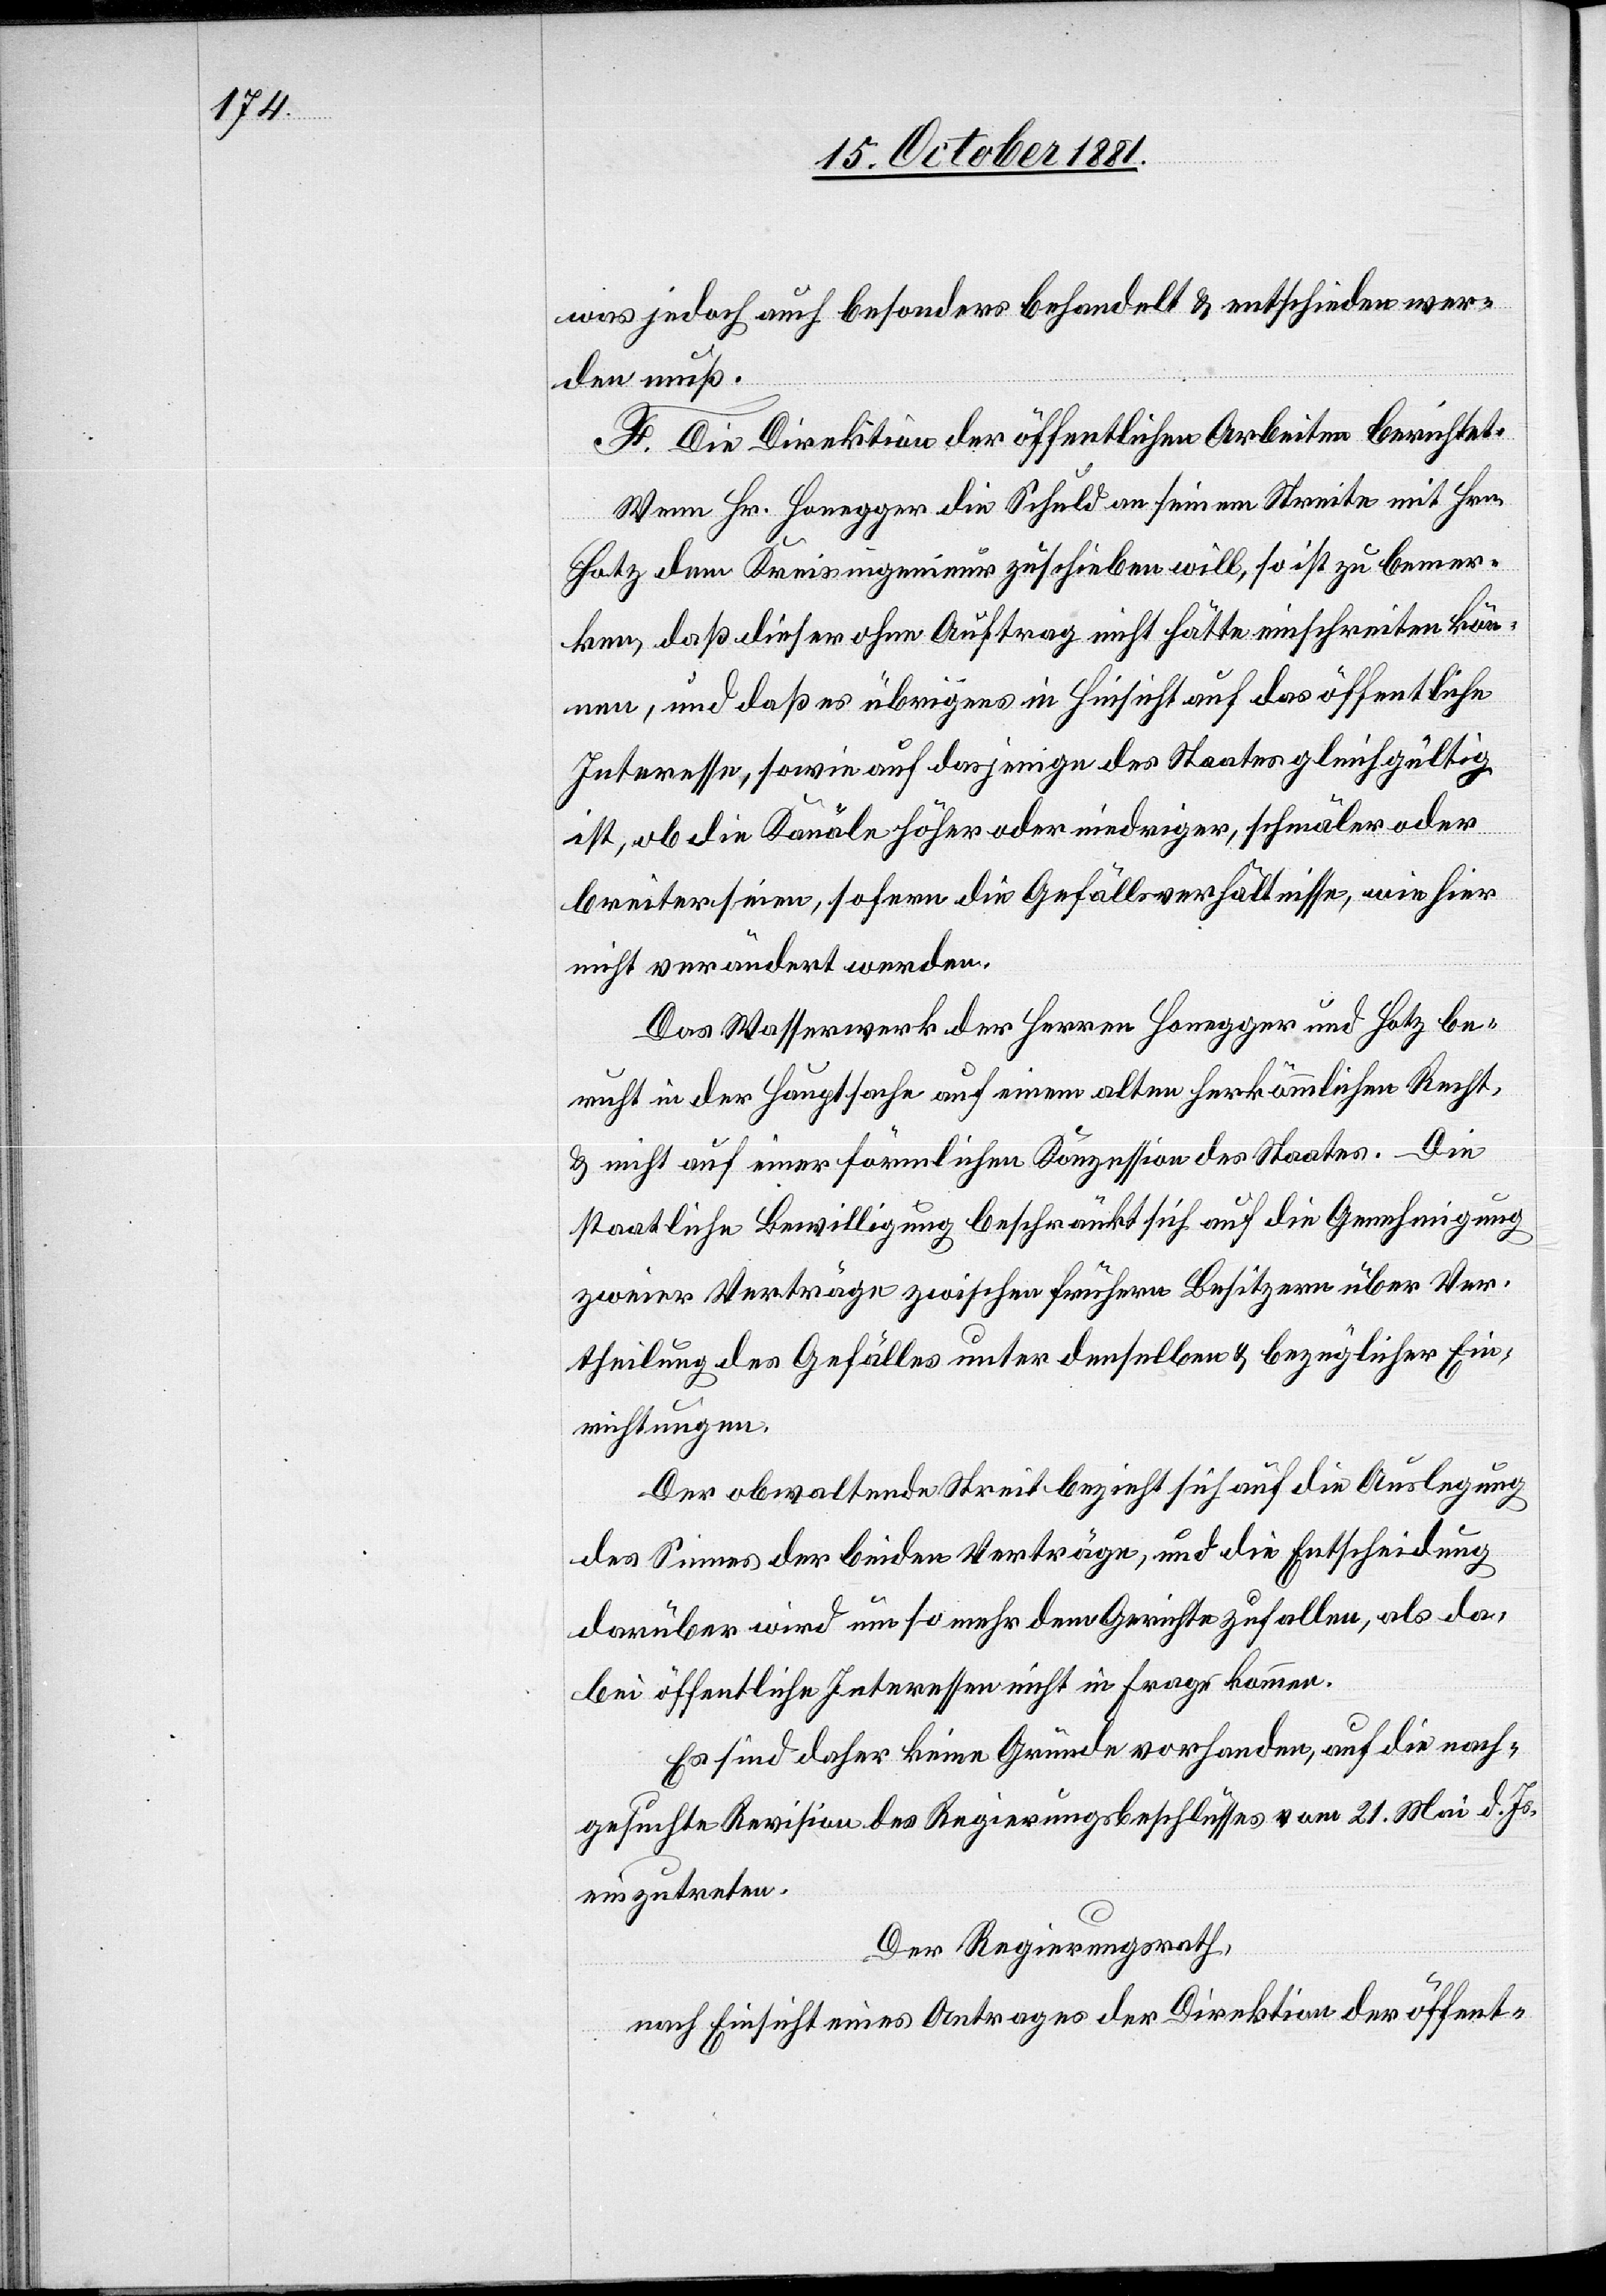
was jedoch auch besonders behandelt & entschieden wer¬
den muß.
F. Die Direktion der öffentlichen Arbeiten berichtet.
Wenn Hr. Honegger die Schuld an seinem Streite mit Hrn.
Hotz dem Kreisingenieur zuschieben will, so ist zu bemer¬
ken, daß dieser ohne Auftrag nicht hätte einschreiten kön¬
nen, und daß es übrigens in Hinsicht auf das öffentliche
Interesse, sowie auf dasjenige des Staates gleichgültig
ist, ob die Kanäle höher oder niedriger, schmäler oder
breiter seien, sofern die Gefällsverhältnisse, wie hier
nicht verändert werden.
Das Wasserwerk der Herren Honegger und Hotz be¬
ruht in der Hauptsache auf einem alten herkömmlichen Recht,
& nicht auf einer förmlichen Konzession des Staates. Die
staatliche Bewilligung beschränkt sich auf die Genehmigung
zweier Verträge zwischen frühern Besitzern über Ver¬
theilung des Gefälles unter denselben & bezüglicher Ein¬
richtungen.
Der obwaltende Streit bezieht sich auf die Auslegung
des Sinnes der beiden Verträge, und die Entscheidung
darüber wird um so mehr dem Gerichte zufallen, als da¬
bei öffentliche Interessen nicht in Frage kommen.
Es sind daher keine Gründe vorhanden, auf die nach¬
gesuchte Revision des Regierungsbeschlusses vom 21. Mai d. Js.
einzutreten.
Der Regierungsrath,
nach Einsicht eines Antrages der Direktion der öffent-